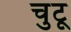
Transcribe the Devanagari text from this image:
चुटू